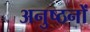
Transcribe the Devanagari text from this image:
अनुष्ठनों